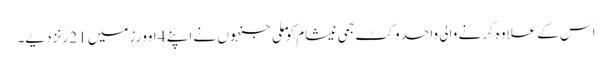
اس کے علاوہ گرنے والی واحد وکٹ جمی نیشام کو ملی جنہوں نے اپنے 4 اوورز میں 21 رنز دیے۔